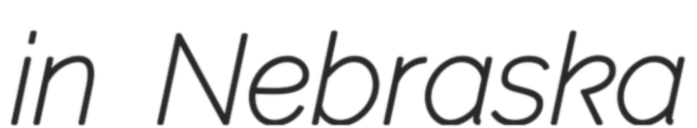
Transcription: in Nebraska